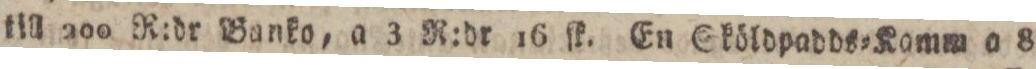
till 200 R:dr Banko, a 3 R:dr 16 ſk. En Sköldpadds=Komm a 8